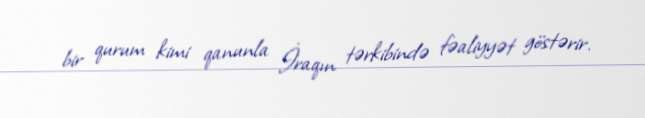
bir qurum kimi qanunla İraqın tərkibində fəaliyyət göstərir.